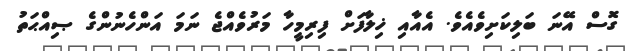
ގޮސް އޭނަ ބަލިކަށިވެއެވެ. އެއާއި ޚިލާފަށް ފިރިމީހާ މަރުވެއްޖެ ނަމަ އަންހެނުންގެ ޞިއްޙަތު